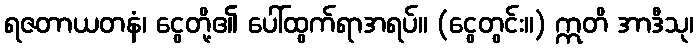
ရဇတာယတနံ၊ ငွေတို့၏ ပေါ်ထွက်ရာအရပ်။ (ငွေတွင်း။) ဣတိ အာဒီသု၊